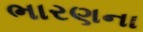
ભારણના